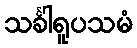
သင်္ခါရူပသမံ